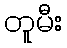
တူမီး